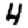
Digit: 4